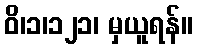
ဝိ၊၁၊၁၂၁၊ မှယူရန်။